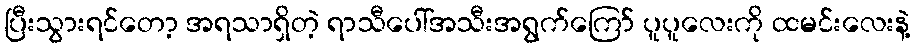
ပြီးသွားရင်တော့ အရသာရှိတဲ့ ရာသီပေါ်အသီးအရွက်ကြော် ပူပူလေးကို ထမင်းလေးနဲ့